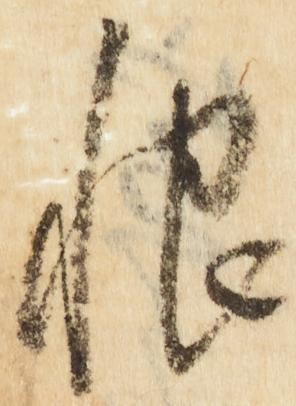
恨